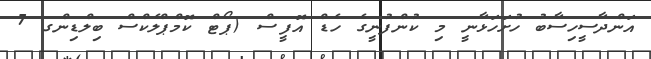
އަންދާސީހިސާބު ހުށަހަޅާނީ މި ކުންފުނީގެ ހެޑް އޮފީސް (ޕޯޓް ކޮމްޕްލެކްސް ބިލްޑިންގ 7